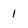
Character: 1